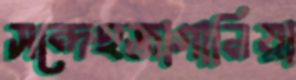
সন্দেহজাগানিয়া